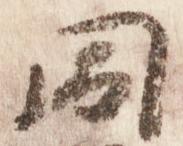
同